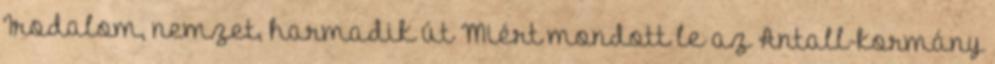
Irodalom, nemzet, harmadik út Miért mondott le az Antall-kormány